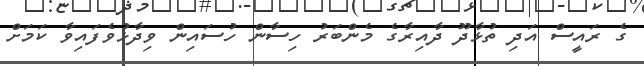
ގެ ރައީސް އަދި ތުޅާދޫ ދާއިރާގެ މެންބަރު ހިސާން ހުސައިން ވިދާޅުވެފައިވާ ކަމަށް